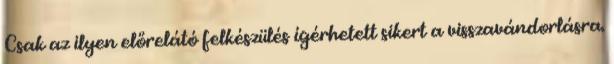
Csak az ilyen előrelátó felkészülés ígérhetett sikert a visszavándorlásra.